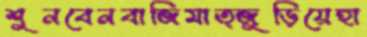
শুনবেনবাজিমাত্জুড়িয়েহা